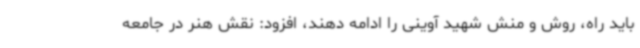
باید راه، روش و منش شهید آوینی را ادامه دهند، افزود: نقش هنر در جامعه